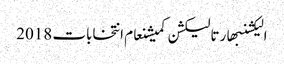
الیکشنبھارتالیکشن کمیشنعام انتخابات 2018